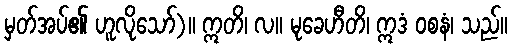
မှတ်အပ်၏ ဟူလိုသော်)။ ဣတိ၊ လ။ မုခေဟီတိ၊ ဣဒံ ဝစနံ၊ သည်။